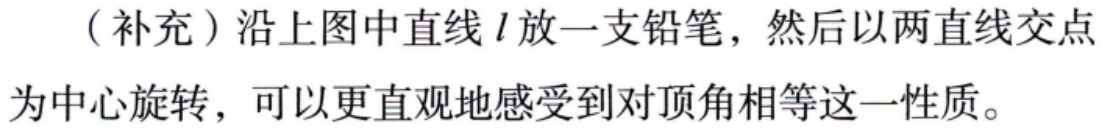
（补充）沿上图中直线\(l\)放一支铅笔，然后以两直线交点为中心旋转，可以更直观地感受到对顶角相等这一性质。